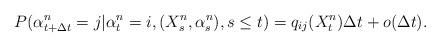
LaTeX: \begin{align*}P(\alpha^{n} _{t+ \Delta t}=j | \alpha^{n}_t=i, (X^n_s, \alpha^{n}_s ), s\leq t)= q_{ij}(X^{n}_t) \Delta t+ o(\Delta t).\end{align*}